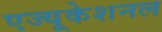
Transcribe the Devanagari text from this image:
एज्यूकेशनल